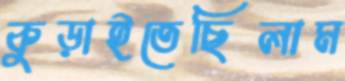
কুড়াইতেছিলাম